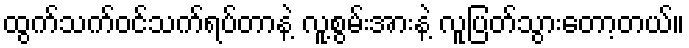
ထွက်သက်ဝင်သက်ရပ်တာနဲ့ လူ့စွမ်းအားနဲ့ လူပြတ်သွားတော့တယ်။